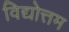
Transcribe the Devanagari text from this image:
विद्योत्तम